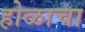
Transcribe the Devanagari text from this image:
होळाचा